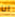
انا